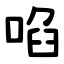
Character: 啗